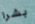
بشرا